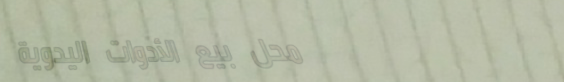
محل بيع الأدوات اليدوية